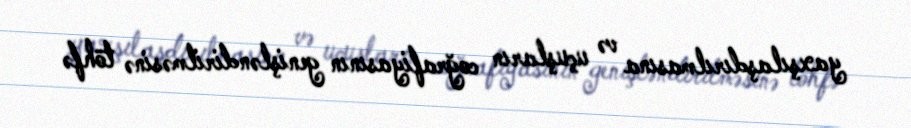
yaxşılaşdırılmasına və uçuşların coğrafiyasının genişləndirilməsinə töhfə